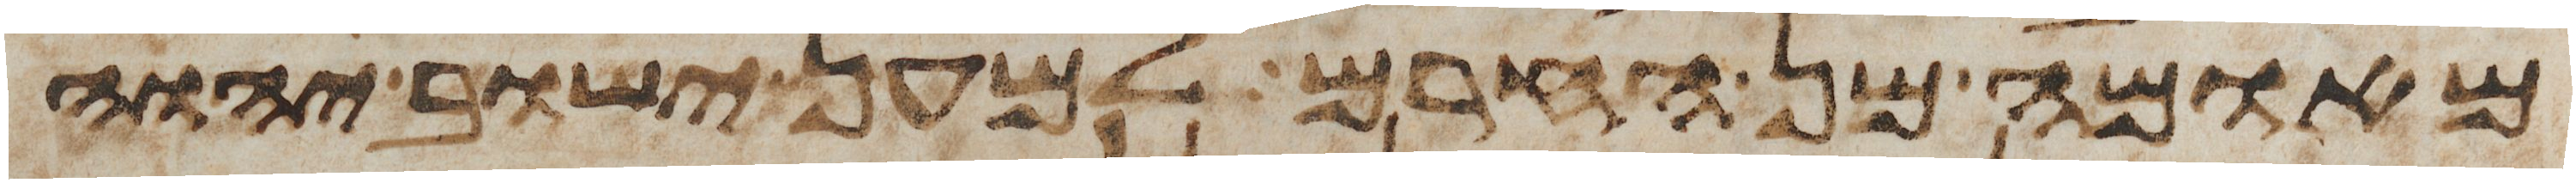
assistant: מאומה מן החרם למען ישוב יהוה